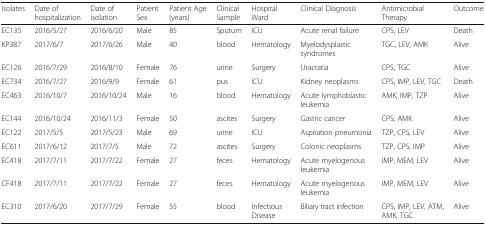
| Isolates | Date of hospitalization | Date of isolation | Patient Sex | Patient Age (years) | Clinical Sample | Hospital Ward | Clinical Diagnosis | Antimicrobial Therapy | Outcome |
 | --- | --- | --- | --- | --- | --- | --- | --- | --- | --- |
 | EC135 | 2016/5/27 | 2016/6/20 | Male | 85 | Sputum | ICU | Acute renal failure | CPS, LEV | Death |
 | KP387 | 2017/6/7 | 2017/6/26 | Male | 40 | blood | Hematology | Myelodysplastic syndromes | TGC, LEV, AMK | Alive |
 | EC126 | 2016/7/29 | 2016/8/10 | Female | 76 | urine | Surgery | Uracratia | CPS, TGC | Alive |
 | EC734 | 2016/7/27 | 2016/9/9 | Female | 61 | pus | ICU | Kidney neoplasms | CPS, IMP, LEV, TGC | Death |
 | EC463 | 2016/10/7 | 2016/10/24 | Male | 16 | blood | Hematology | Acute lymphoblastic leukemia | AMK, IMP, TZP | Alive |
 | EC144 | 2016/10/24 | 2016/11/3 | Female | 50 | ascites | Surgery | Gastric cancer | CPS, AMK | Alive |
 | EC122 | 2017/5/5 | 2017/5/23 | Male | 69 | urine | ICU | Aspiration pneumonia | TZP, CPS, LEV | Alive |
 | EC611 | 2017/6/12 | 2017/7/5 | Male | 72 | ascites | Surgery | Colonic neoplasms | TZP, CPS, IMP | Alive |
 | EC418 | 2017/7/11 | 2017/7/22 | Female | 27 | feces | Hematology | Acute myelogenous leukemia | IMP, MEM, LEV | Alive |
 | CF418 | 2017/7/11 | 2017/7/22 | Female | 27 | feces | Hematology | Acute myelogenous leukemia | IMP, MEM, LEV | Alive |
 | EC310 | 2017/6/20 | 2017/7/29 | Female | 55 | blood | Infectious Disease | Biliary tract infection | CPS, IMP, LEV, ATM, AMK, TGC | Alive |